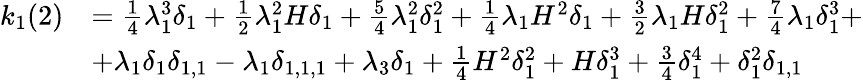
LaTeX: \begin{array}{rl}{k_{1}(2)}&{=\frac{1}{4}\lambda_{1}^{3}\delta_{1}+\frac{1}{2}\lambda_{1}^{2}H\delta_{1}+\frac{5}{4}\lambda_{1}^{2}\delta_{1}^{2}+\frac{1}{4}\lambda_{1}H^{2}\delta_{1}+\frac{3}{2}\lambda_{1}H\delta_{1}^{2}+\frac{7}{4}\lambda_{1}\delta_{1}^{3}+}\\ &{+\lambda_{1}\delta_{1}\delta_{1,1}-\lambda_{1}\delta_{1,1,1}+\lambda_{3}\delta_{1}+\frac{1}{4}H^{2}\delta_{1}^{2}+H\delta_{1}^{3}+\frac{3}{4}\delta_{1}^{4}+\delta_{1}^{2}\delta_{1,1}}\end{array}